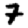
Digit: 7